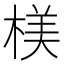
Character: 𣖙